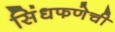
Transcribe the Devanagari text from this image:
सिंधफणेची